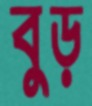
বুড়